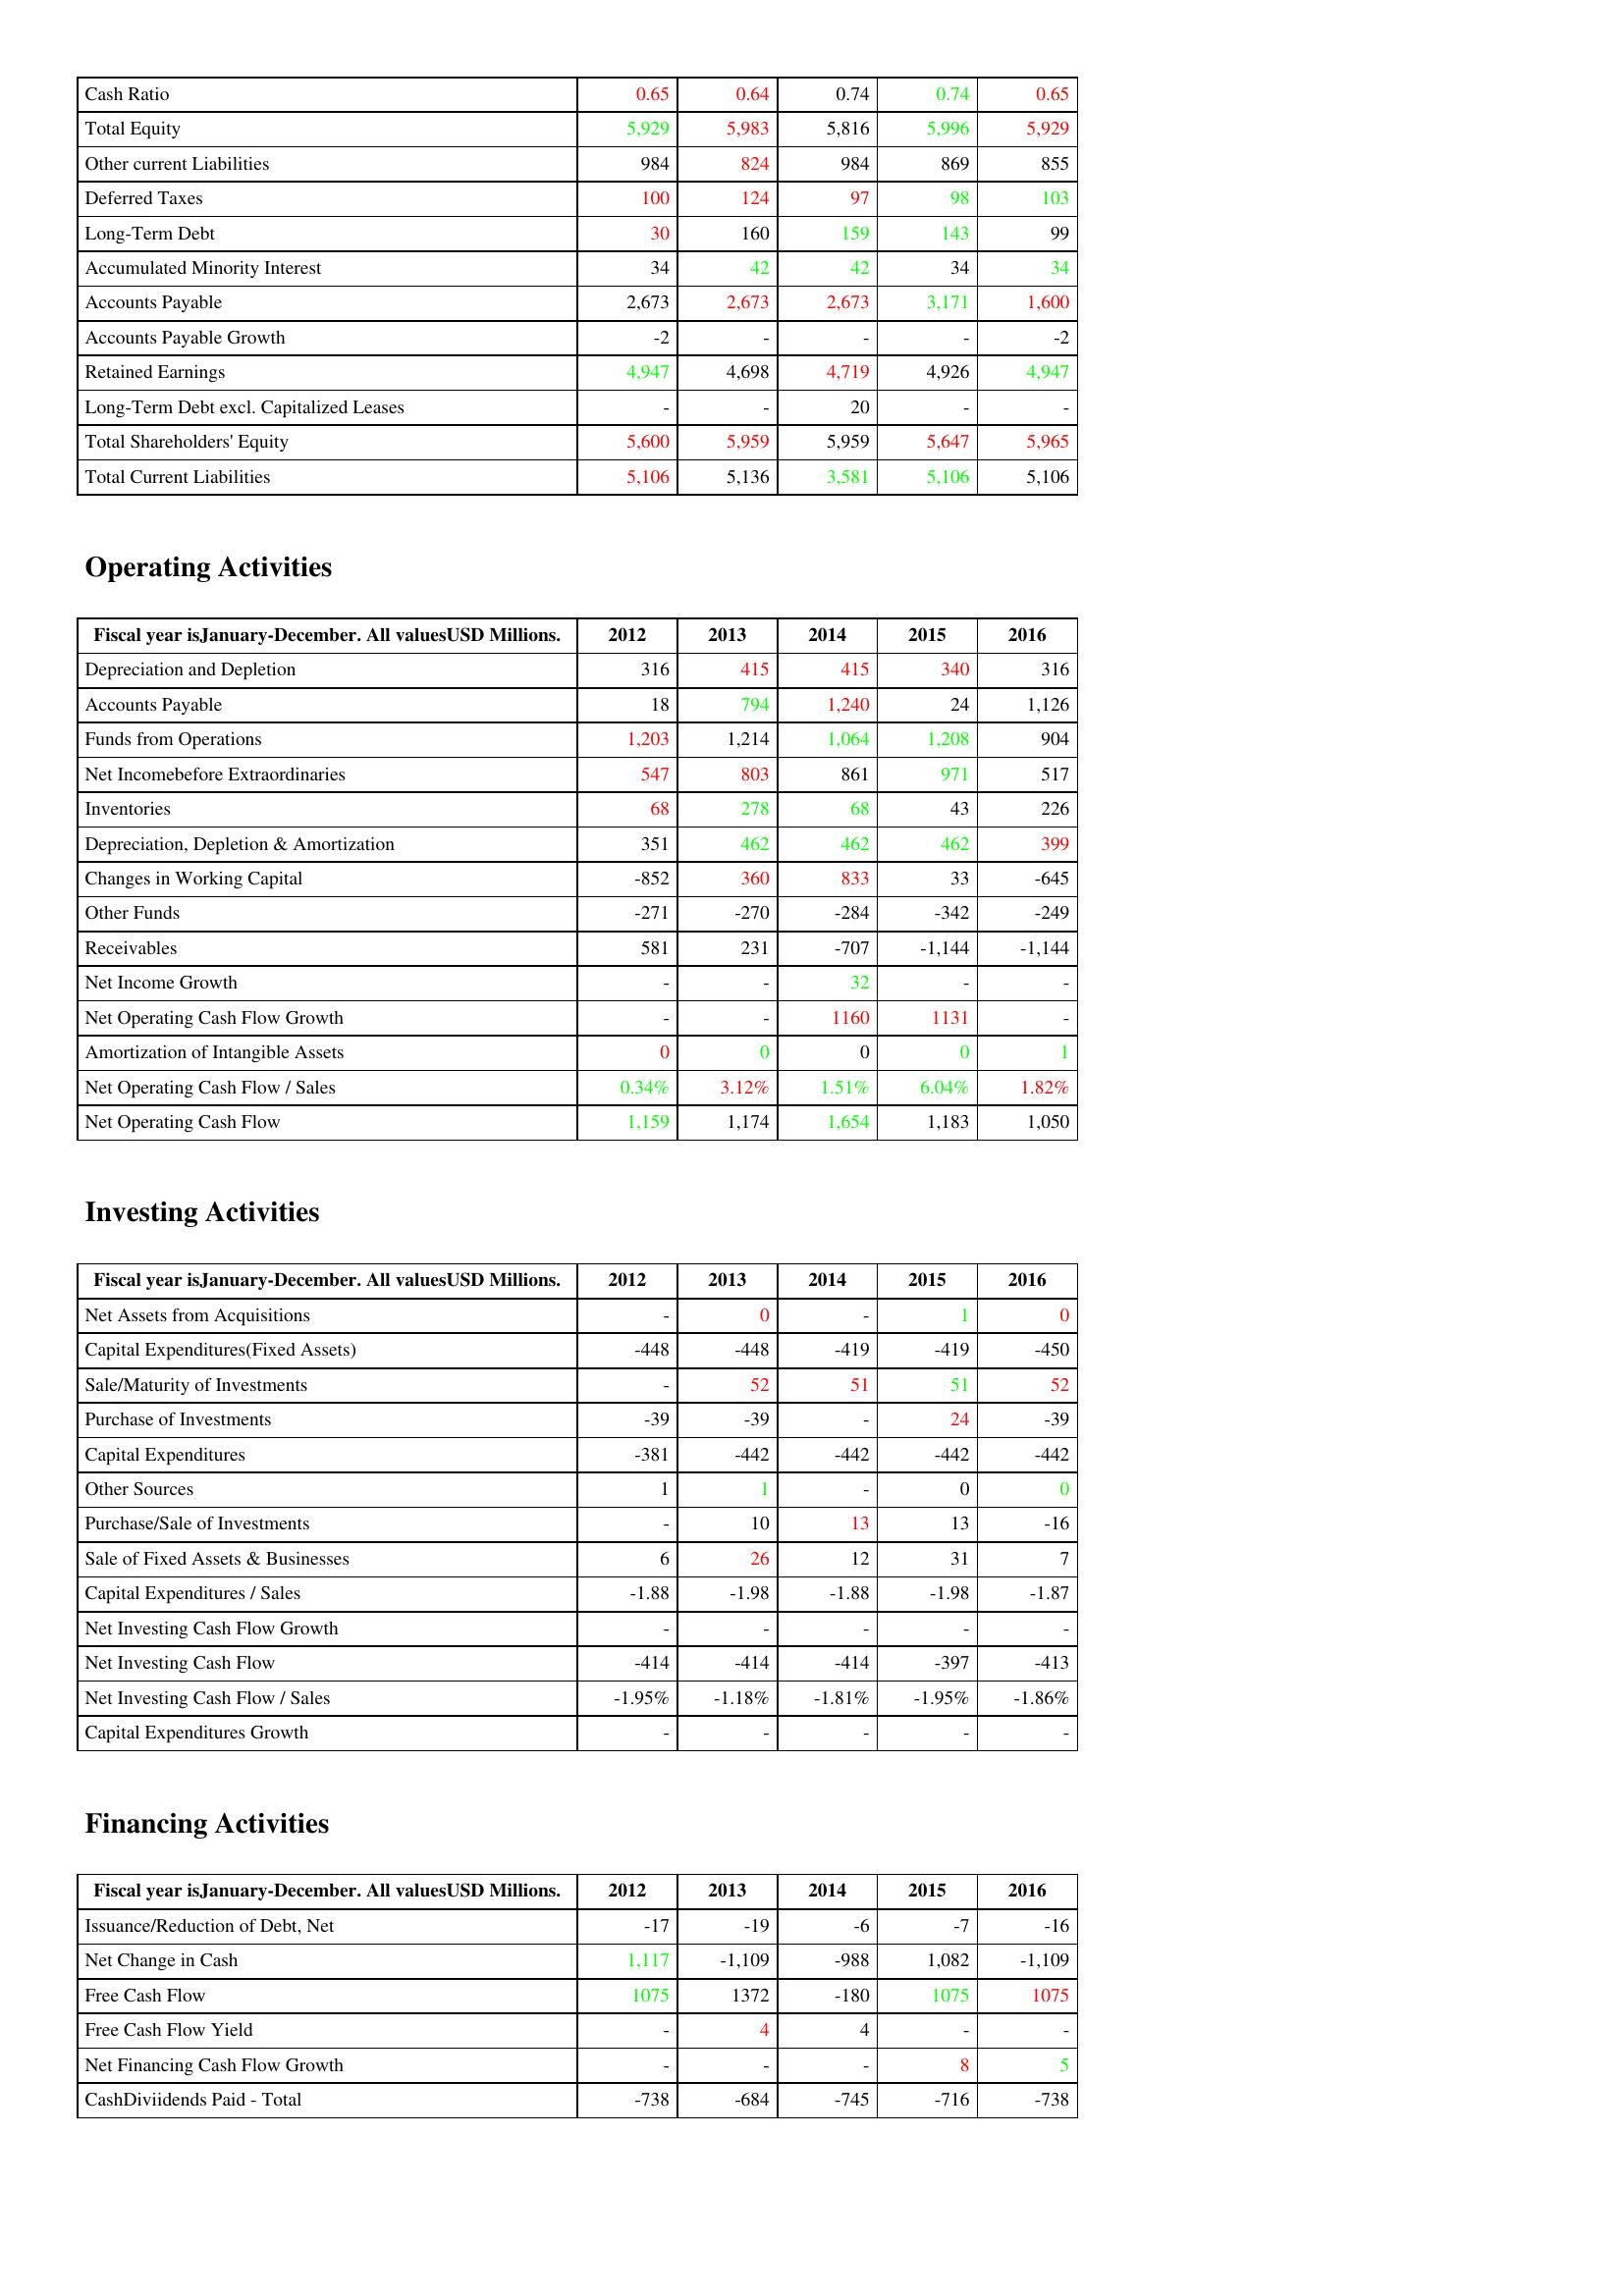
gt_parse: 2012: Liabilities & Shareholder's Equity: Cash Ratio: 0.65
Total Equity: 5,929
Other current Liabilities: 984
Deferred Taxes: 100
Long-Term Debt: 30
Accumulated Minority Interest: 34
Accounts Payable: 2,673
Accounts Payable Growth: -2
Retained Earnings: 4,947
Long-Term Debt excl. Capitalized Leases: -
Total Shareholders' Equity: 5,600
Total Current Liabilities: 5,106
Operating Activities: Depreciation and Depletion: 316
Accounts Payable: 18
Funds from Operations: 1,203
Net Incomebefore Extraordinaries: 547
Inventories: 68
Depreciation, Depletion & Amortization: 351
Changes in Working Capital: -852
Other Funds: -271
Receivables: 581
Net Income Growth: -
Net Operating Cash Flow Growth: -
Amortization of Intangible Assets: 0
Net Operating Cash Flow / Sales: 0.34%
Net Operating Cash Flow: 1,159
Investing Activities: Net Assets from Acquisitions: -
Capital Expenditures(Fixed Assets): -448
Sale/Maturity of Investments: -
Purchase of Investments: -39
Capital Expenditures: -381
Other Sources: 1
Purchase/Sale of Investments: -
Sale of Fixed Assets & Businesses: 6
Capital Expenditures / Sales: -1.88
Net Investing Cash Flow Growth: -
Net Investing Cash Flow: -414
Net Investing Cash Flow / Sales: -1.95%
Capital Expenditures Growth: -
Financing Activities: Issuance/Reduction of Debt, Net: -17
Net Change in Cash: 1,117
Free Cash Flow: 1075
Free Cash Flow Yield: -
Net Financing Cash Flow Growth: -
CashDiviidends Paid - Total: -738
2013: Liabilities & Shareholder's Equity: Cash Ratio: 0.64
Total Equity: 5,983
Other current Liabilities: 824
Deferred Taxes: 124
Long-Term Debt: 160
Accumulated Minority Interest: 42
Accounts Payable: 2,673
Accounts Payable Growth: -
Retained Earnings: 4,698
Long-Term Debt excl. Capitalized Leases: -
Total Shareholders' Equity: 5,959
Total Current Liabilities: 5,136
Operating Activities: Depreciation and Depletion: 415
Accounts Payable: 794
Funds from Operations: 1,214
Net Incomebefore Extraordinaries: 803
Inventories: 278
Depreciation, Depletion & Amortization: 462
Changes in Working Capital: 360
Other Funds: -270
Receivables: 231
Net Income Growth: -
Net Operating Cash Flow Growth: -
Amortization of Intangible Assets: 0
Net Operating Cash Flow / Sales: 3.12%
Net Operating Cash Flow: 1,174
Investing Activities: Net Assets from Acquisitions: 0
Capital Expenditures(Fixed Assets): -448
Sale/Maturity of Investments: 52
Purchase of Investments: -39
Capital Expenditures: -442
Other Sources: 1
Purchase/Sale of Investments: 10
Sale of Fixed Assets & Businesses: 26
Capital Expenditures / Sales: -1.98
Net Investing Cash Flow Growth: -
Net Investing Cash Flow: -414
Net Investing Cash Flow / Sales: -1.18%
Capital Expenditures Growth: -
Financing Activities: Issuance/Reduction of Debt, Net: -19
Net Change in Cash: -1,109
Free Cash Flow: 1372
Free Cash Flow Yield: 4
Net Financing Cash Flow Growth: -
CashDiviidends Paid - Total: -684
2014: Liabilities & Shareholder's Equity: Cash Ratio: 0.74
Total Equity: 5,816
Other current Liabilities: 984
Deferred Taxes: 97
Long-Term Debt: 159
Accumulated Minority Interest: 42
Accounts Payable: 2,673
Accounts Payable Growth: -
Retained Earnings: 4,719
Long-Term Debt excl. Capitalized Leases: 20
Total Shareholders' Equity: 5,959
Total Current Liabilities: 3,581
Operating Activities: Depreciation and Depletion: 415
Accounts Payable: 1,240
Funds from Operations: 1,064
Net Incomebefore Extraordinaries: 861
Inventories: 68
Depreciation, Depletion & Amortization: 462
Changes in Working Capital: 833
Other Funds: -284
Receivables: -707
Net Income Growth: 32
Net Operating Cash Flow Growth: 1160
Amortization of Intangible Assets: 0
Net Operating Cash Flow / Sales: 1.51%
Net Operating Cash Flow: 1,654
Investing Activities: Net Assets from Acquisitions: -
Capital Expenditures(Fixed Assets): -419
Sale/Maturity of Investments: 51
Purchase of Investments: -
Capital Expenditures: -442
Other Sources: -
Purchase/Sale of Investments: 13
Sale of Fixed Assets & Businesses: 12
Capital Expenditures / Sales: -1.88
Net Investing Cash Flow Growth: -
Net Investing Cash Flow: -414
Net Investing Cash Flow / Sales: -1.81%
Capital Expenditures Growth: -
Financing Activities: Issuance/Reduction of Debt, Net: -6
Net Change in Cash: -988
Free Cash Flow: -180
Free Cash Flow Yield: 4
Net Financing Cash Flow Growth: -
CashDiviidends Paid - Total: -745
2015: Liabilities & Shareholder's Equity: Cash Ratio: 0.74
Total Equity: 5,996
Other current Liabilities: 869
Deferred Taxes: 98
Long-Term Debt: 143
Accumulated Minority Interest: 34
Accounts Payable: 3,171
Accounts Payable Growth: -
Retained Earnings: 4,926
Long-Term Debt excl. Capitalized Leases: -
Total Shareholders' Equity: 5,647
Total Current Liabilities: 5,106
Operating Activities: Depreciation and Depletion: 340
Accounts Payable: 24
Funds from Operations: 1,208
Net Incomebefore Extraordinaries: 971
Inventories: 43
Depreciation, Depletion & Amortization: 462
Changes in Working Capital: 33
Other Funds: -342
Receivables: -1,144
Net Income Growth: -
Net Operating Cash Flow Growth: 1131
Amortization of Intangible Assets: 0
Net Operating Cash Flow / Sales: 6.04%
Net Operating Cash Flow: 1,183
Investing Activities: Net Assets from Acquisitions: 1
Capital Expenditures(Fixed Assets): -419
Sale/Maturity of Investments: 51
Purchase of Investments: 24
Capital Expenditures: -442
Other Sources: 0
Purchase/Sale of Investments: 13
Sale of Fixed Assets & Businesses: 31
Capital Expenditures / Sales: -1.98
Net Investing Cash Flow Growth: -
Net Investing Cash Flow: -397
Net Investing Cash Flow / Sales: -1.95%
Capital Expenditures Growth: -
Financing Activities: Issuance/Reduction of Debt, Net: -7
Net Change in Cash: 1,082
Free Cash Flow: 1075
Free Cash Flow Yield: -
Net Financing Cash Flow Growth: 8
CashDiviidends Paid - Total: -716
2016: Liabilities & Shareholder's Equity: Cash Ratio: 0.65
Total Equity: 5,929
Other current Liabilities: 855
Deferred Taxes: 103
Long-Term Debt: 99
Accumulated Minority Interest: 34
Accounts Payable: 1,600
Accounts Payable Growth: -2
Retained Earnings: 4,947
Long-Term Debt excl. Capitalized Leases: -
Total Shareholders' Equity: 5,965
Total Current Liabilities: 5,106
Operating Activities: Depreciation and Depletion: 316
Accounts Payable: 1,126
Funds from Operations: 904
Net Incomebefore Extraordinaries: 517
Inventories: 226
Depreciation, Depletion & Amortization: 399
Changes in Working Capital: -645
Other Funds: -249
Receivables: -1,144
Net Income Growth: -
Net Operating Cash Flow Growth: -
Amortization of Intangible Assets: 1
Net Operating Cash Flow / Sales: 1.82%
Net Operating Cash Flow: 1,050
Investing Activities: Net Assets from Acquisitions: 0
Capital Expenditures(Fixed Assets): -450
Sale/Maturity of Investments: 52
Purchase of Investments: -39
Capital Expenditures: -442
Other Sources: 0
Purchase/Sale of Investments: -16
Sale of Fixed Assets & Businesses: 7
Capital Expenditures / Sales: -1.87
Net Investing Cash Flow Growth: -
Net Investing Cash Flow: -413
Net Investing Cash Flow / Sales: -1.86%
Capital Expenditures Growth: -
Financing Activities: Issuance/Reduction of Debt, Net: -16
Net Change in Cash: -1,109
Free Cash Flow: 1075
Free Cash Flow Yield: -
Net Financing Cash Flow Growth: 5
CashDiviidends Paid - Total: -738